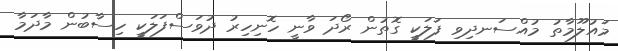
މައުލޫމާތު މުއްސަނދިވި ފަލަކީ ގޮތުން ރޯދަ ވާނީ ހޮނިހިރު ދުވަސްފަލަކީ ހިސާބުން މާދަމާ